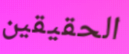
الحقيقين